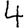
Digit: 4